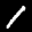
Label: 1